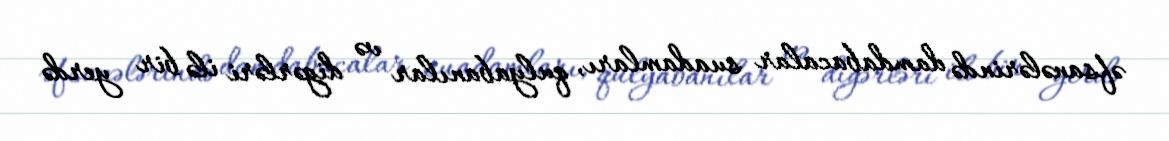
əfsanələrində damdabacalar suadamları, qulyabanılar və digərləri ilə bir yerdə